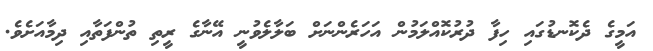
އަމީގެ ދެކޮނޑުގައި ހިފާ ދުރުކޮއްލަމުން އަހަރެންނަށް ބަލާލެވުނީ އޭނާގެ ރީތި ތުންފަތާއި ދިމާއަށެވެ.